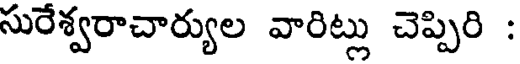
సురేశ్వరాచార్యుల వారిట్లు చెప్పిరి :